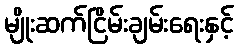
မျိုးဆက်ငြိမ်းချမ်းရေးနှင့်